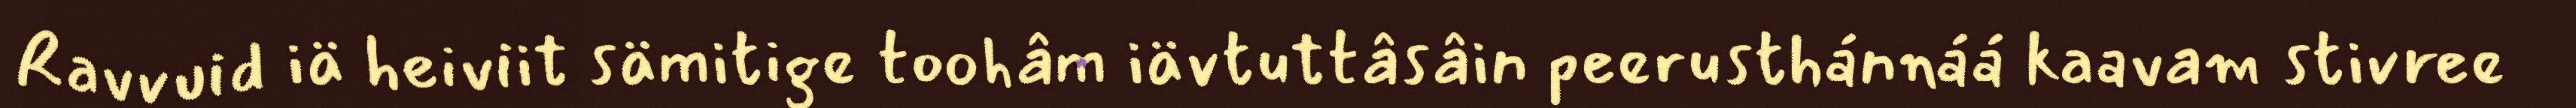
Ravvuid iä heiviit sämitige toohâm iävtuttâsâin peerusthánnáá kaavam stivree